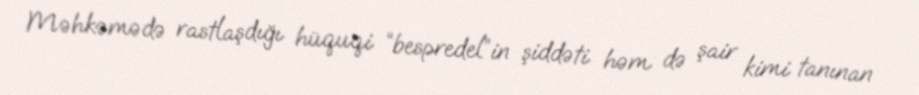
Məhkəmədə rastlaşdığı hüquqi “bespredel”in şiddəti həm də şair kimi tanınan